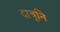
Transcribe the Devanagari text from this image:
दावूनि